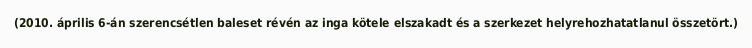
(2010. április 6-án szerencsétlen baleset révén az inga kötele elszakadt és a szerkezet helyrehozhatatlanul összetört.)